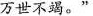
万世不竭。”